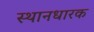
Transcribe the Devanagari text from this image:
स्थानधारक